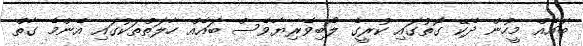
ބައެއް މީހުން ދެކޭ ގޮތުގައި ކުރީގެ ލޯބިވެރިޔާވެސް ބައެއް ހާލަތްތަކުގައި އެންމެ ގާތް